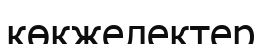
көкжелектер